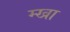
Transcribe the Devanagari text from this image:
म्खा